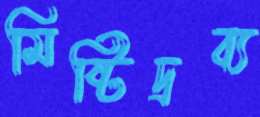
মিষ্টিদ্রব্য